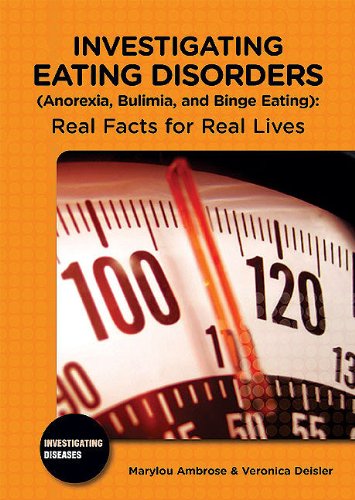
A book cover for Investigating Eating Disorders (Anorexia, Bulimia, and Binge Eating): Real Facts for Real Lives (Investigating Diseases); Marylou Ambrose; Health, Fitness & Dieting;